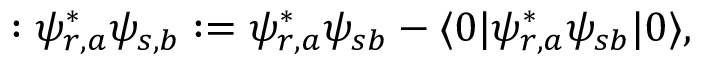
: \psi _ { r , a } ^ { * } \psi _ { s , b } : = \psi _ { r , a } ^ { * } \psi _ { s b } - \langle 0 | \psi _ { r , a } ^ { * } \psi _ { s b } | 0 \rangle ,